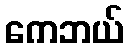
ကေဘယ်